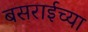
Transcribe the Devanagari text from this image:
बसराईच्या